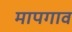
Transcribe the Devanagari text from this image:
मापगाव